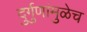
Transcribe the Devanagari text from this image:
दुर्गुणांमुळेच